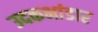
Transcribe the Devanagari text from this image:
उदकभांडार